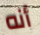
أنه